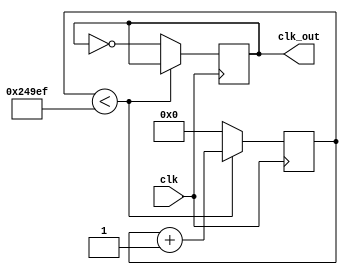
module keypadClockDiv(clk, clk_out);
    input clk;
    output clk_out;

    assign clk_out = clk100Hz;

    reg clk100Hz = 0;
    reg [17:0] counter = 0;
    always @(posedge clk) begin
        if (counter < 149999) begin
            counter <= counter + 1;
        end else begin
            counter <= 0;
            clk100Hz <= ~clk100Hz;
        end
    end
endmodule